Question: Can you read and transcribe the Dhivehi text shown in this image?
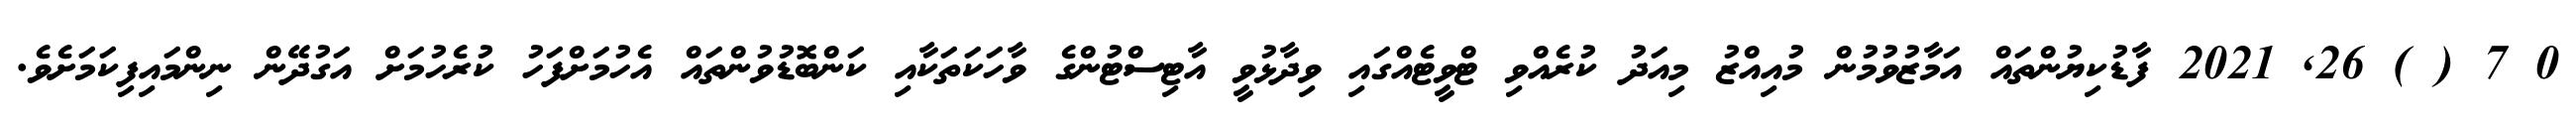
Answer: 0 7 ( ) 26, 2021 ފާޑުކިޔުންތައް އަމާޒުވުމުން މުއިއްޒު މިއަދު ކުރެއްވި ޓްވީޓެއްގައި ވިދާޅުވީ އާޓިސްޓުންގެ ވާހަކަތަކާއި ކަންބޮޑުވުންތައް އެހުމަށްފަހު ކުރެހުމަށް އަގުދޭން ނިންމައިފިކަމަށެވެ.